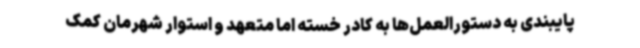
پایبندی به دستورالعمل‌ها به کادر خسته اما متعهد و استوار شهرمان کمک